Indian journal of veterinary science and animal husbandry - Volume 3,
Year: 1933
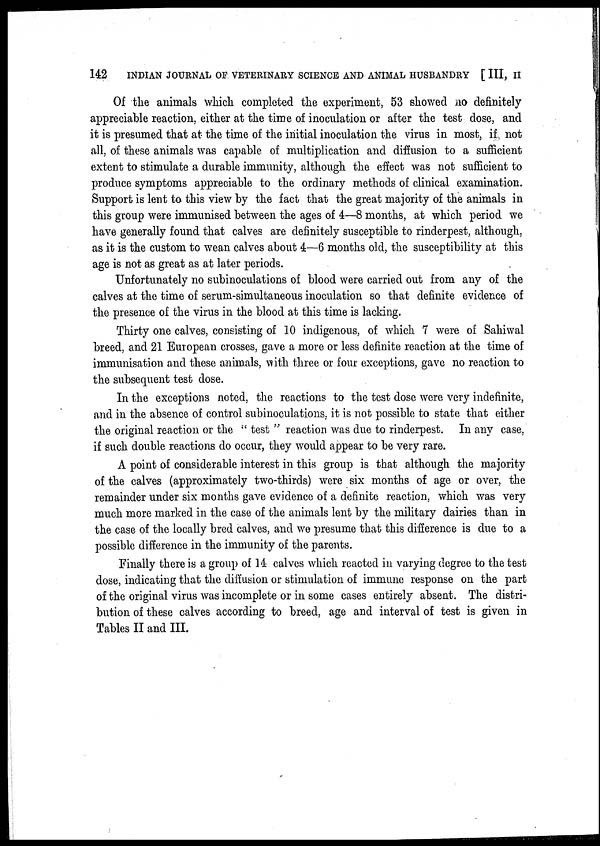
142
INDIAN JOURNAL OF VETERINARY SCIENCE AND ANIMAL HUSBANDRY [ III, II
Of the animals which completed the experiment, 53 showed no definitely
appreciable reaction, either at the time of inoculation or after the test dose, and
it is presumed that at the time of the initial inoculation the virus in most, if not
all, of these animals was capable of multiplication and diffusion to a sufficient
extent to stimulate a durable immunity, although the effect was not sufficient to
produce symptoms appreciable to the ordinary methods of clinical examination.
Support is lent to this view by the fact that the great majority of the animals in
this group were immunised between the ages of 4—8 months, at which period we
have generally found that calves are definitely susceptible to rinderpest, although,
as it is the custom to wean calves about 4—6 months old, the susceptibility at this
age is not as great as at later periods.
Unfortunately no subinoculations of blood were carried out from any of the
calves at the time of serum-simultaneous inoculation so that definite evidence of
the presence of the virus in the blood at this time is lacking.
Thirty one calves, consisting of 10 indigenous, of which 7 were of Sahiwal
breed, and 21 European crosses, gave a more or less definite reaction at the time of
immunisation and these animals, with three or four exceptions, gave no reaction to
the subsequent test dose.
In the exceptions noted, the reactions to the test dose were very indefinite,
and in the absence of control subinoculations, it is not possible to state that either
the original reaction or the " test " reaction was due to rinderpest. In any case,
if such double reactions do occur, they would appear to be very rare.
A point of considerable interest in this group is that although the majority
of the calves (approximately two-thirds) were six months of age or over, the
remainder under six months gave evidence of a definite reaction, which was very
much more marked in the case of the animals lent by the military dairies than in
the case of the locally bred calves, and we presume that this difference is due to a
possible difference in the immunity of the parents.
Finally there is a group of 14 calves which reacted in varying degree to the test
dose, indicating that the diffusion or stimulation of immune response on the part
of the original virus was incomplete or in some cases entirely absent. The distri-
bution of these calves according to breed, age and interval of test is given in
Tables II and III.